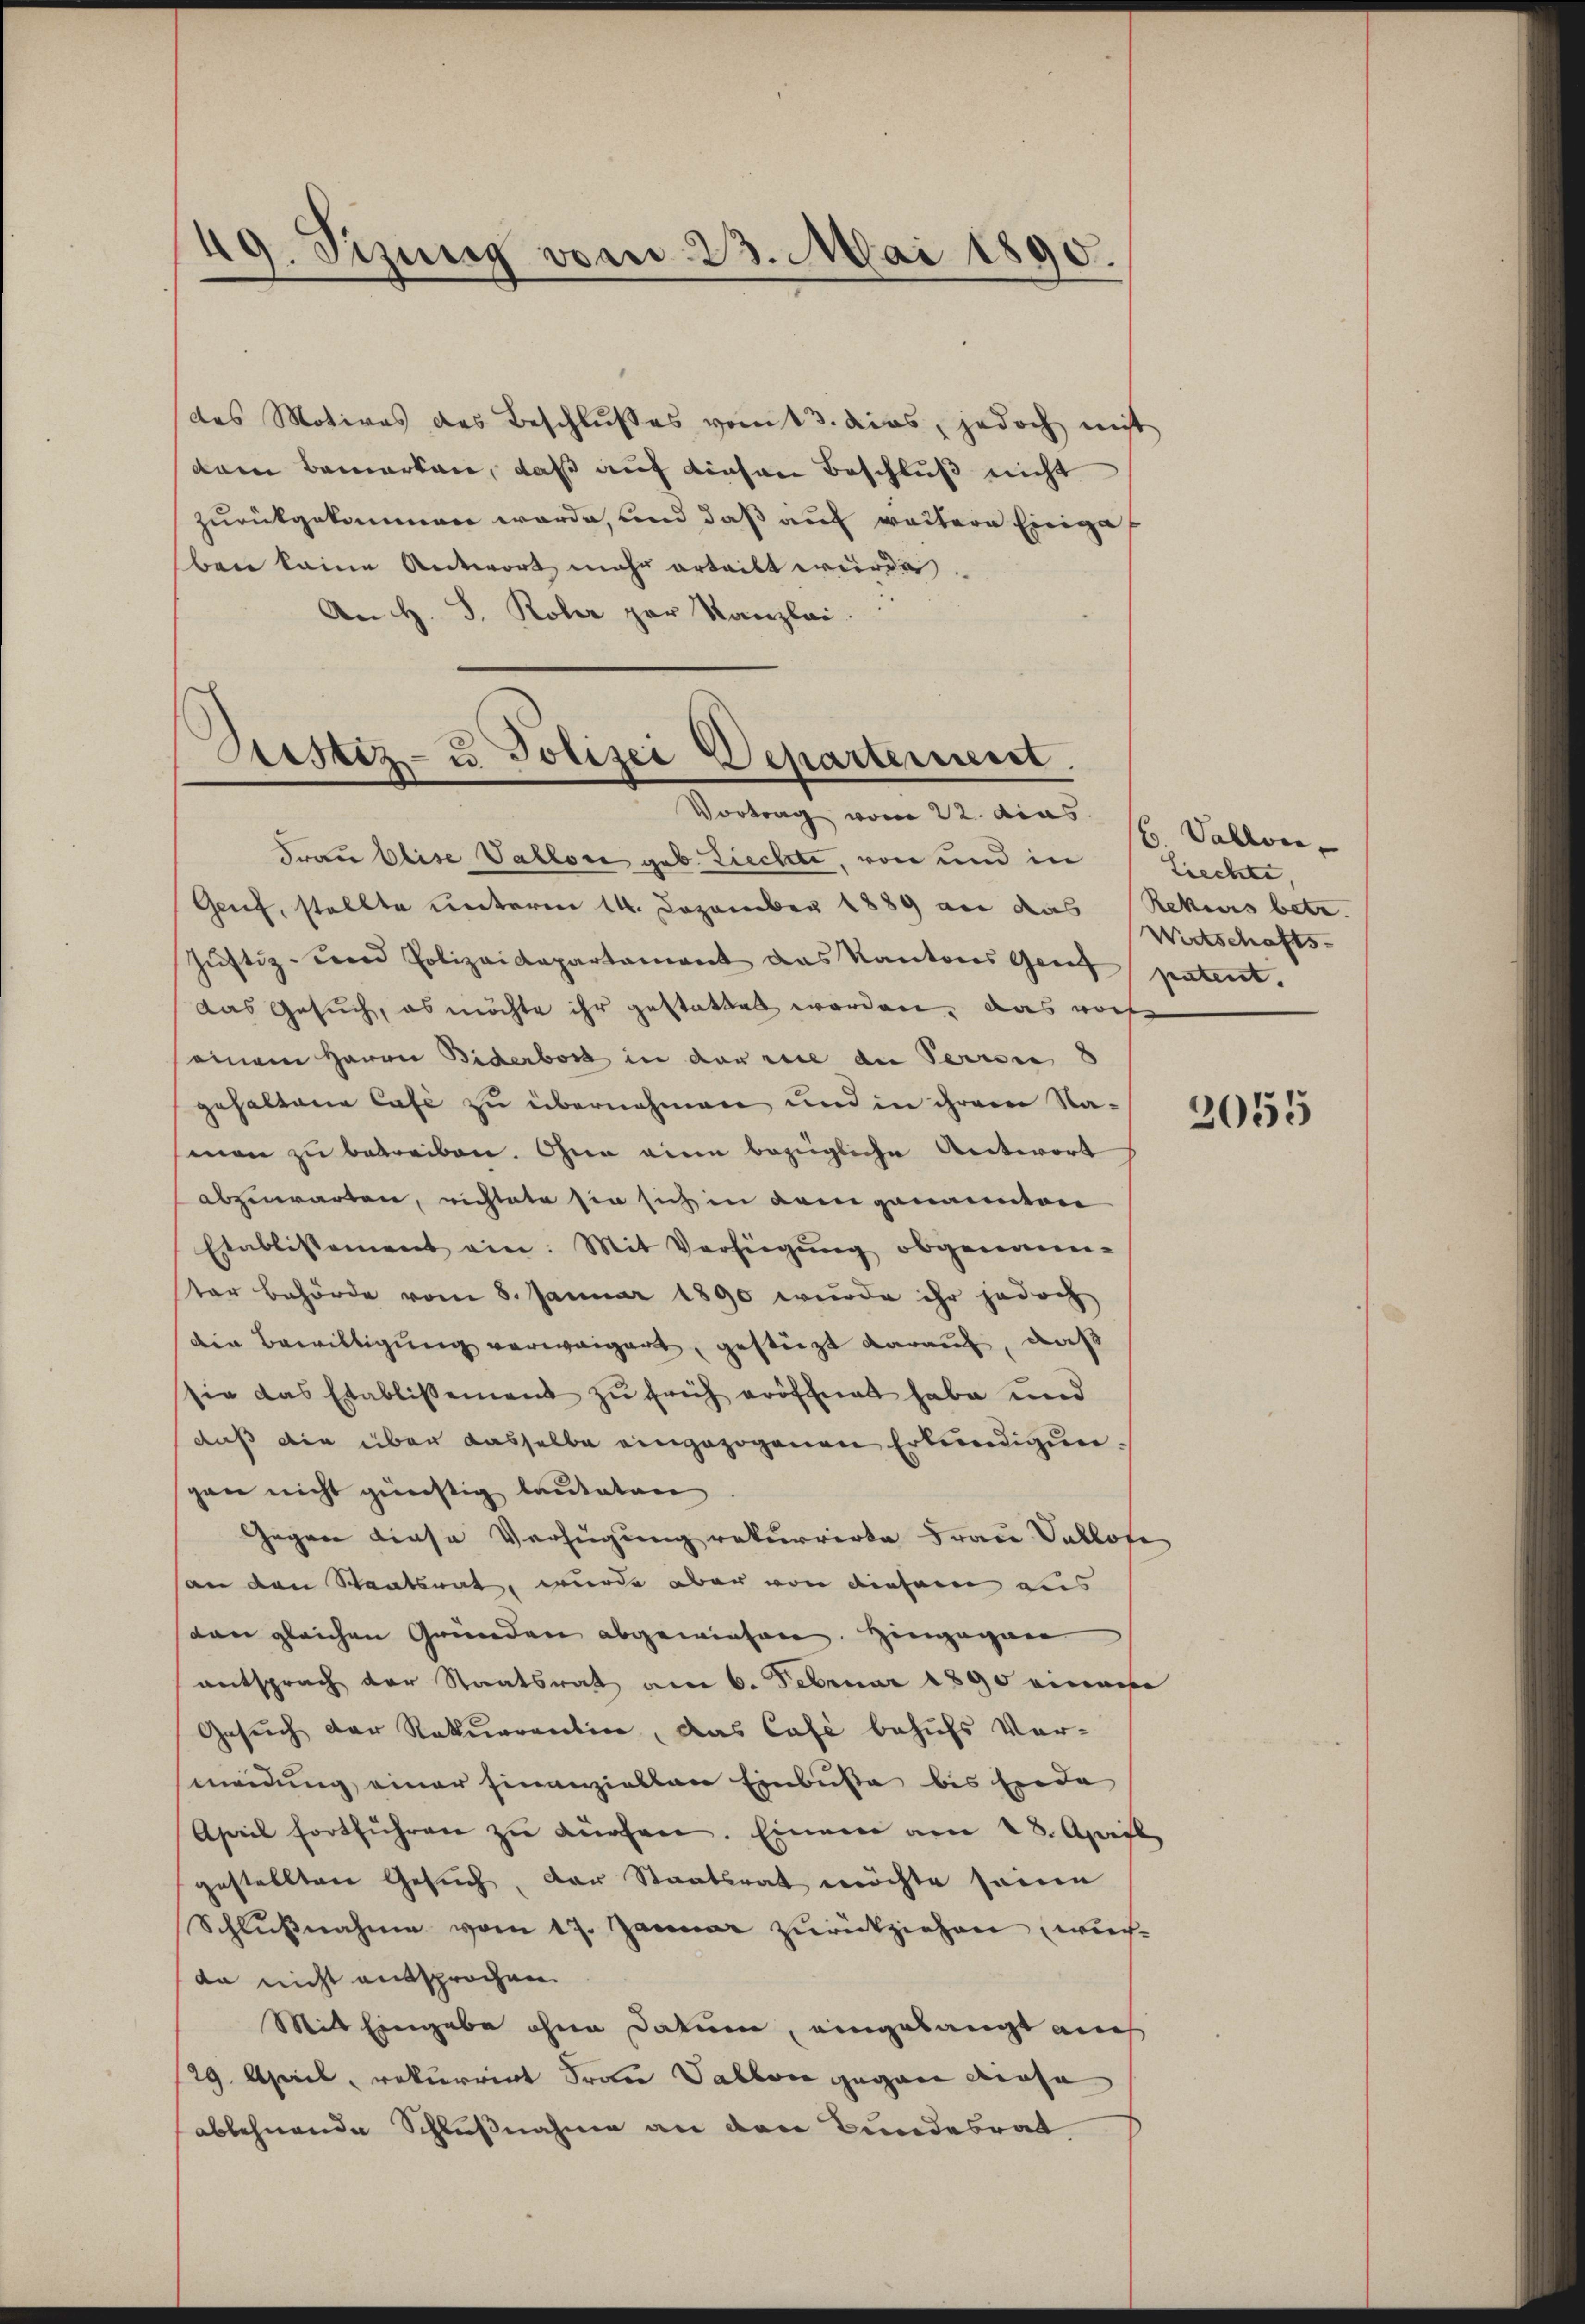
49. Sizung vom 23. Mai 1890.

des Motives des Beschlusses vom 13. dies, jedoch nicht
dem Bemerken, daß auf diesen Beschluß nicht
zurückgekommen werde, und daß auf weitere Eingaben keine Antwort mehr erteilt wurde.
An H. S. Koler par Kanzlei.

Bestiz- u. Polizei Departement.

Vortrag vom 22. das H. Vallver
Frau Elise Vallon geb. Ziechte, von und in
Genf, stellte unterm 14. Dezember 1889 an das Rekurs betr.
Jŭstiz- und Polizeidepartament das Kantons Gent patent.
das Gesuch, es möchte ihr gestattet worden, das woh
seinem Herrn Biderbost in der wie die Person 8
gehaltene Cafe zu übernehmen und in ihrem Naman zu betreiben. Ohne eine bezügliche Antwort
abzuwarten, richtete sie sich in dem genannten
Etablistement ein. Mit Verfügŭng obgenann-
ter Behörde vom 8. Januar 1890 wurde ihr jedoch
den Bewilligung verweigert, gestüzt darauf, daß
sie das Etablissement zu früh eröffnet habe und
daß die über dasselbe eingezogenen Erkundigungan nicht günstig lauteten
Gegen diese Verfügung rekurrirte Frau Sallofe
son den Staatsrat, wurde aber von diesem aus
dan gleichen Gründen abgewiesen. Hingegan
entsprach der Staatsrat am 6. Februar 1890 einem
Gesuch der Rekurrentin, das Café behufs Ver-
meidung einer Finanziellen Einbuße bis hiede
April fortführen zŭ dürfen. Einem am 28. April
gestellten Gesuch, der Staatsrat möchte seine
Schlussnahme vom 17. Januar zurückziehen wichda nicht entsprochen.
Mit Eingabe ohne Datum, eingelangt aus
29. April, rekurrirt Frau Vallon gegen diese
ablehnende Schlußnahme an den Bundesrat

Ziechte,
Wirtschafts-

2055